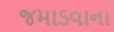
જમાડવાના